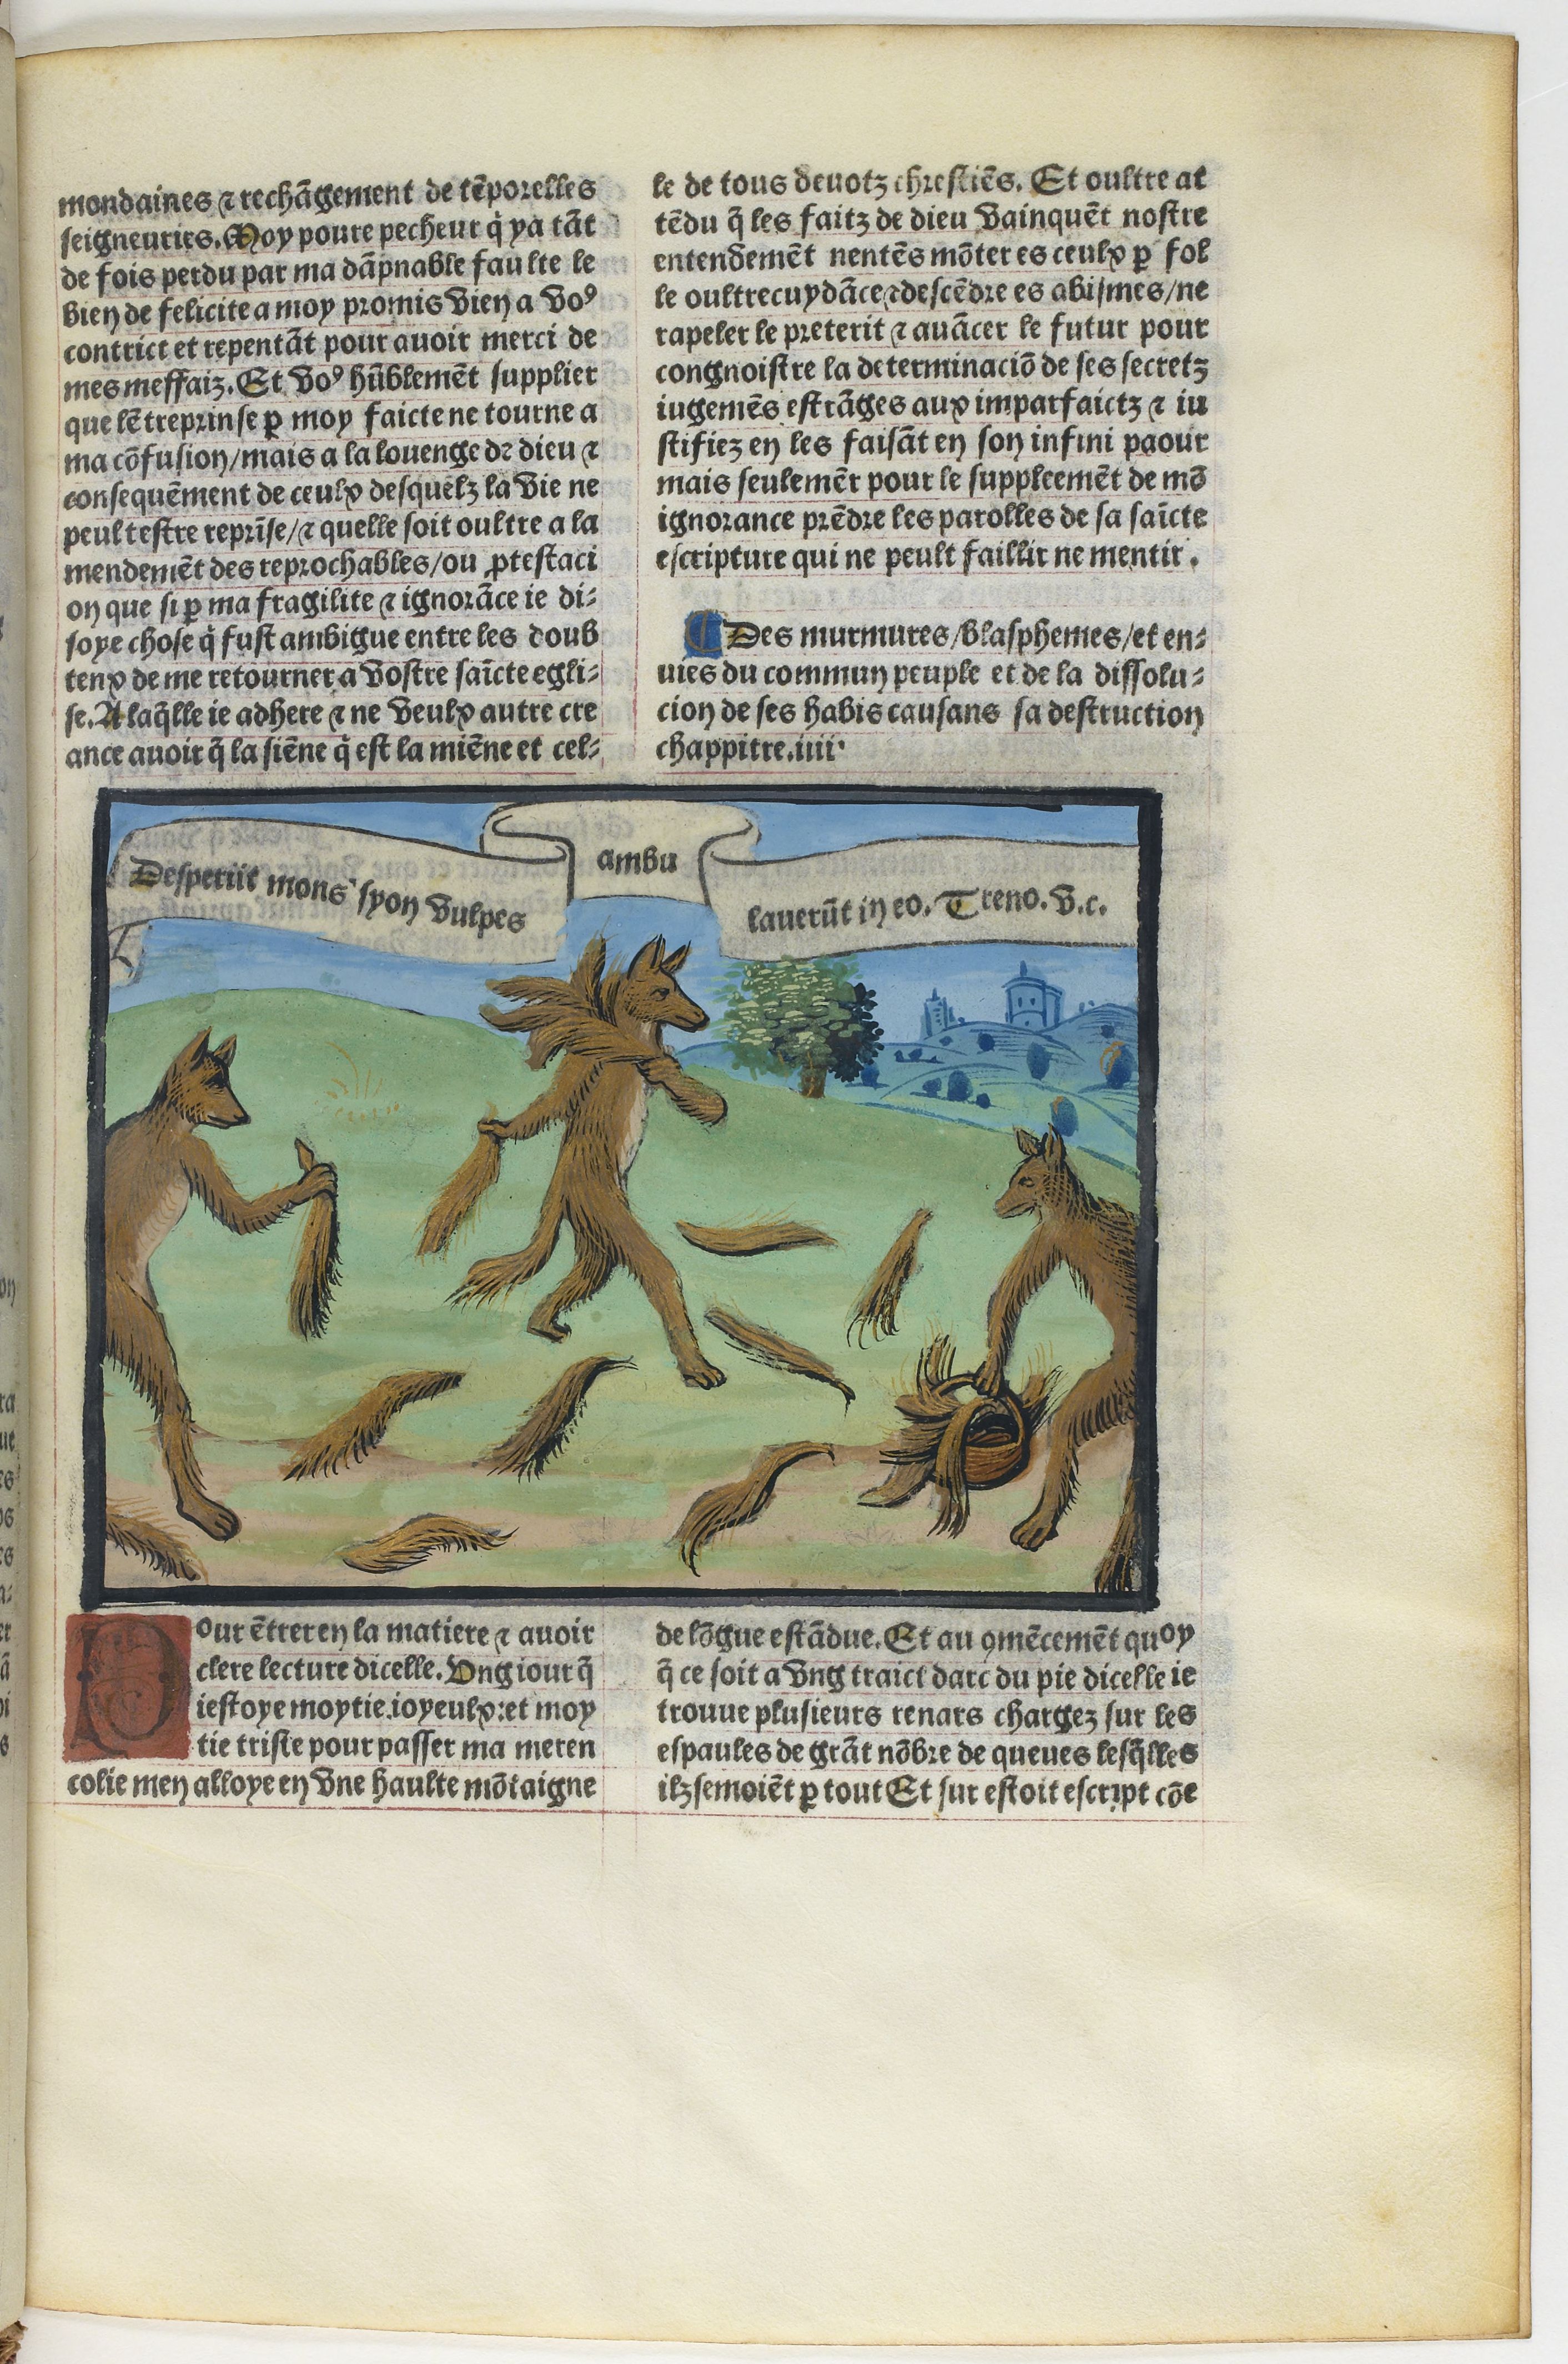
Shelfmark: Paris, BnF, Velins 1103
Century: 16